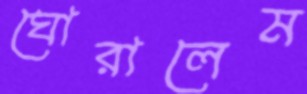
ঘোরালেম